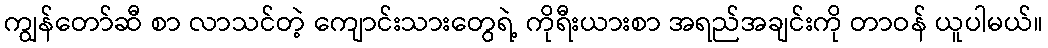
ကျွန်တော်ဆီ စာ လာသင်တဲ့ ကျောင်းသားတွေရဲ့ ကိုရီးယားစာ အရည်အချင်းကို တာဝန် ယူပါမယ်။